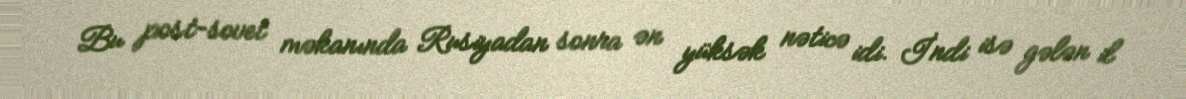
Bu post-sovet məkanında Rusiyadan sonra ən yüksək nəticə idi. İndi isə gələn il